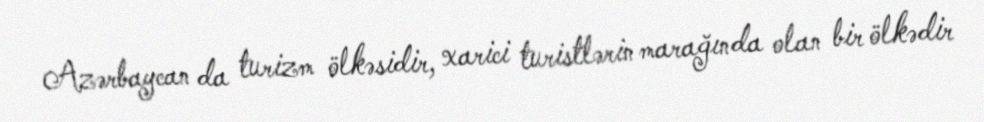
Azərbaycan da turizm ölkəsidir, xarici turistlərin marağında olan bir ölkədir